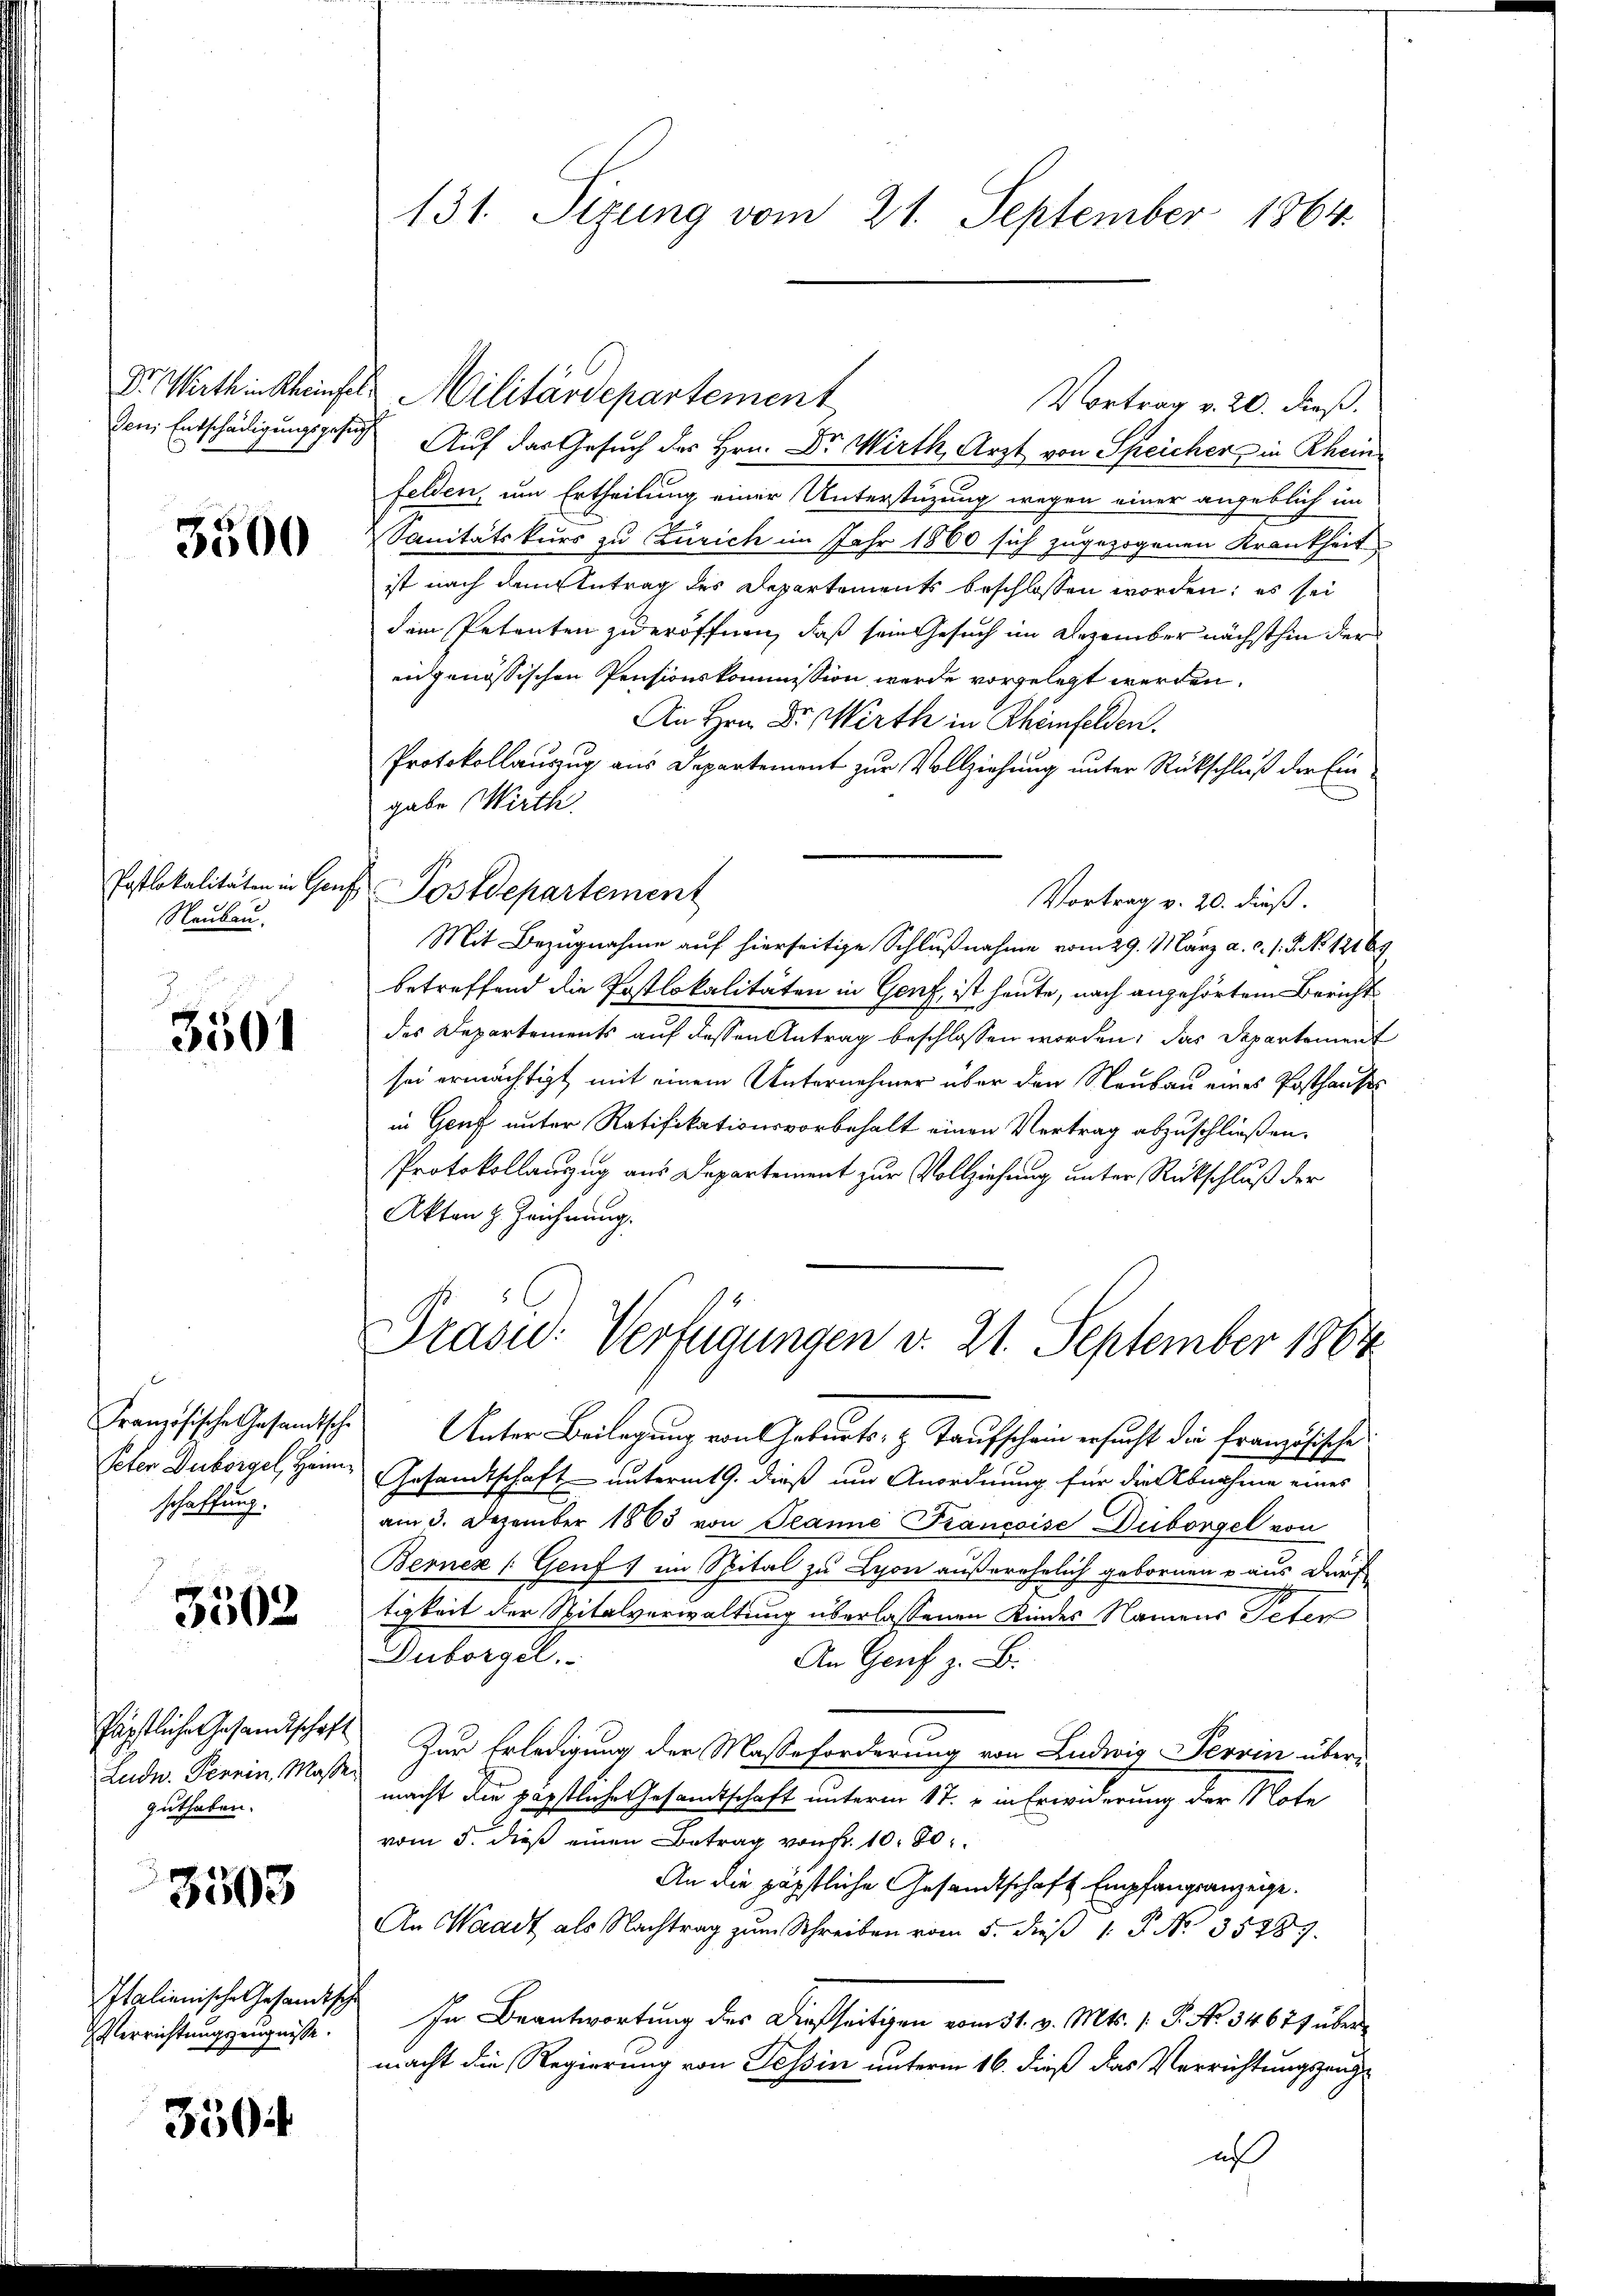
3500

Neubau.

3501

schaffung.

3502

Päpstliche Gesandtschaft
Ludn. Perein, Massen
guthaben.

3503

Italienische Gesandtsch
Verrichtungszeugnisse.

350:

den Entschädigungsgesuch Auf der Gesuch der Hrn. Dr. Wirth, Arzt von Speicher in Rheinfelden, um Ertheilung einer Unterstüzung wegen einer angeblich im
Sanitätskurs zu Zürich im Jahr 1860 sich zugezogenen Krankheit
ist nach dem Antrag des Departements beschlossen worden; es sei
dem Petenten zu eröffnen, daß sein Gesuch im Dezember nächsthin der
eingenössischen Pensionskommission werde vorgelegt werden.
An Hrn. Dr. Wirth in Rheinfelden.
Protokollauszug aus Departement zur Vollziehung unter Rückschluß der Eingabe Wirth
Postlokalitäten in Genf Postdepartement
Vortrag v. 20. dieß.
Mit Bezŭgnahme auf hierseitige Schlŭβnahme vom 29. März a. c. s. S. No 12169
betreffend die Postlokalitäten in Genf, ist heute, nach angehörtem Bericht
des Departements auf dessen Antrag beschlossen worden, das Departement
sei ermächtigt mit einem Unternehmer über den Neubau eines Posthauses
in Genf unter Ratifikationsvorbehalt einen Vertrag abzuschließen.
Protokollauszug aus Departement zur Vollziehung unter Rückschluß der
Akten z. Zeichnung.

131. Sizung vom 21. September 1864.

Dr. Wirthin kheinfel Militärdepartement
Vortrag v. 20. dieß.

Prasid: Verfügungen v. 21. September 1864

Französische Gesandtsche Unter Beilagung von Geburts- & Taufschein ersucht die französische
Peter Duborgel, Hann, Gesandtschaft unterm 19. dieß um Anordnung für die Abnahme eines
am 3. Dezember 1863 von Jeanne Francoise Duborgel von
Berner (Genf im Spital zu Lyon außerehelich gebornen u aus dur
tigkeit der Spitalverwaltung überlassenen Kinder Namens Peter
Intergel
An Genf z. B.
Zur Erledigung der Masseforderung von Ludwig Perrin übermacht die päpstliche Gesandtschaft unterm 17. v. in Erwiderung der Note
vom 5. dieß einen Betrag von Fr. 10. 80
An die päpstliche Gesandtschaft Empfangsanzeige.
An Waadt als Nachtrag zum Schreiben vom 5. dieβ 1. P. No. 35889.
In Beantwortung des Dießseitigen vom 31. v. Mts. 1. P. Nr. 3462) über
macht die Regierung von Tessin unterm 16. dieß das Verrichtungszeug
u